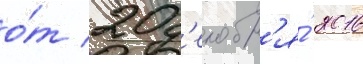
о́т 20 д'екабр'я́ 2016